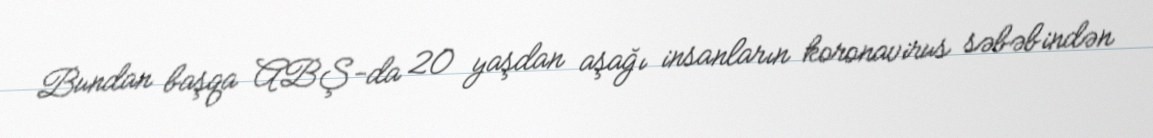
Bundan başqa ABŞ-da 20 yaşdan aşağı insanların koronavirus səbəbindən